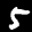
Label: 5